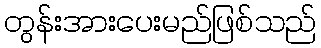
တွန်းအားပေးမည်ဖြစ်သည်